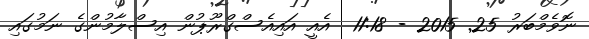
ނޮވެމްބަރު 25